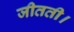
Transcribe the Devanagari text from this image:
जीतती।